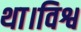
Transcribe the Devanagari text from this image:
था।विश्व